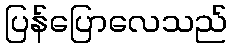
ပြန်ပြောလေသည်